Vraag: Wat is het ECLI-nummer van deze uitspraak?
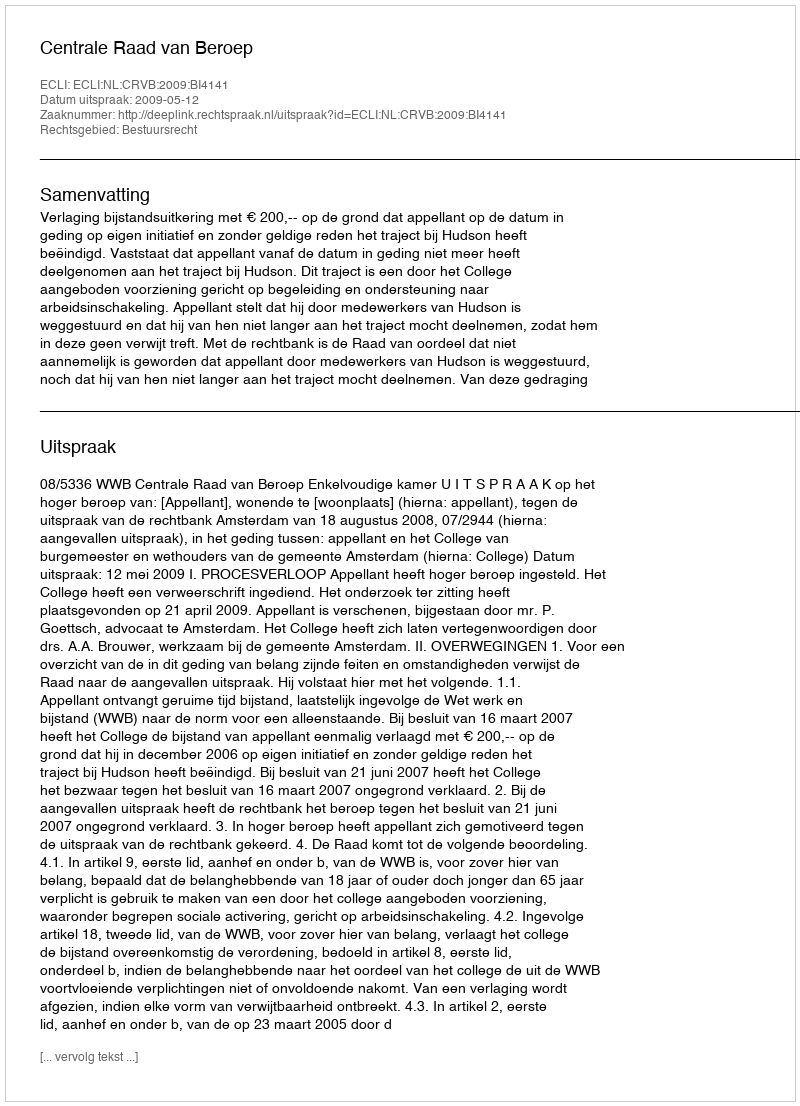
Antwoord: ECLI:NL:CRVB:2009:BI4141